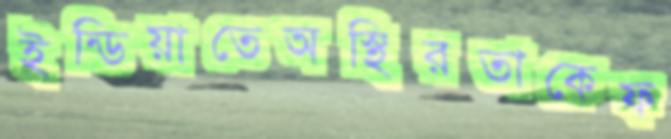
ইন্ডিয়াতেঅস্থিরতাকেফ